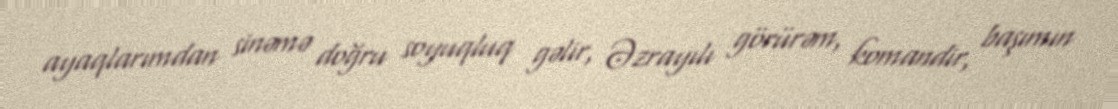
ayaqlarımdan sinəmə doğru soyuqluq gəlir, Əzrayılı görürəm, komandir, başımın